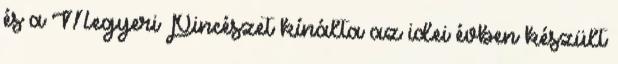
és a Megyeri Pincészet kínálta az idei évben készült